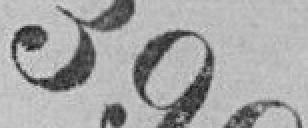
399